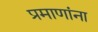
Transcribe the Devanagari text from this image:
प्रमाणांना